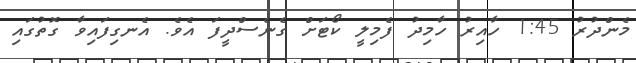
މެންދުރު 1:45 ހާއިރު ހާމިދު ފެމިލީ ކޯޓަށް ގެނެސްދީފަ އެވެ. އެނގިފައިވާ ގޮތުގައި